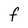
Character: f